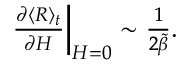
\begin{array} { r } { \left. \frac { \partial \langle R \rangle _ { t } } { \partial H } \right| _ { H = 0 } \sim \frac { 1 } { 2 \tilde { \beta } } . } \end{array}